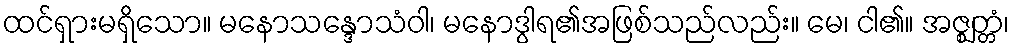
ထင်ရှားမရှိသော။ မနောသန္ဒောသံဝါ၊ မနောဒွါရ၏အဖြစ်သည်လည်း။ မေ၊ ငါ၏။ အဇ္ဈတ္တံ၊